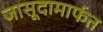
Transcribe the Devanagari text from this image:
जासूदामार्फत